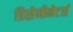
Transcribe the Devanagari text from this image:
डिसेमीनेटर्स